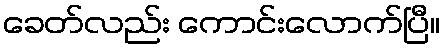
ခေတ်လည်း ကောင်းလောက်ပြီ။